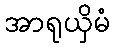
အာရုယှိမံ